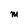
Character: M